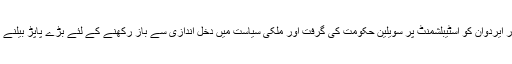
ترک صدر ایردوان کو اسٹیبلشمنٹ پر سویلین حکومت کی گرفت اور ملکی سیاست میں دخل اندازی سے باز رکھنے کے لئے بڑے پاپڑ بیلنے پڑے ہیں۔